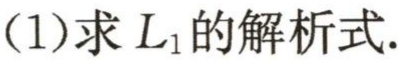
(1)求 \(L_{1}\) 的解析式.